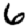
Digit: 6